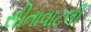
સીતાવાટલી